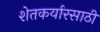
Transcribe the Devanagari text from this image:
शेतकर्यारसाठी